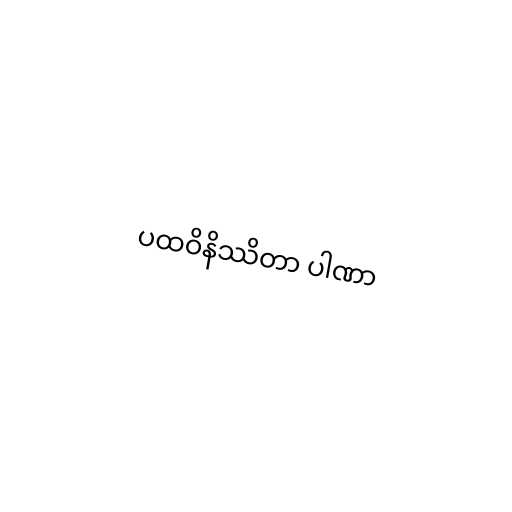
ပထဝိနိဿိတာ ပါဏာ